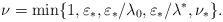
LaTeX: \begin{align*}\nu = \min\{1, \varepsilon_*, \varepsilon_* / \lambda_0, \varepsilon_* / \lambda^*, \nu_*\}.\end{align*}